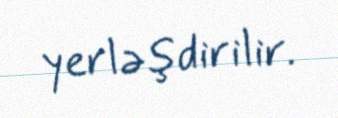
yerləşdirilir.